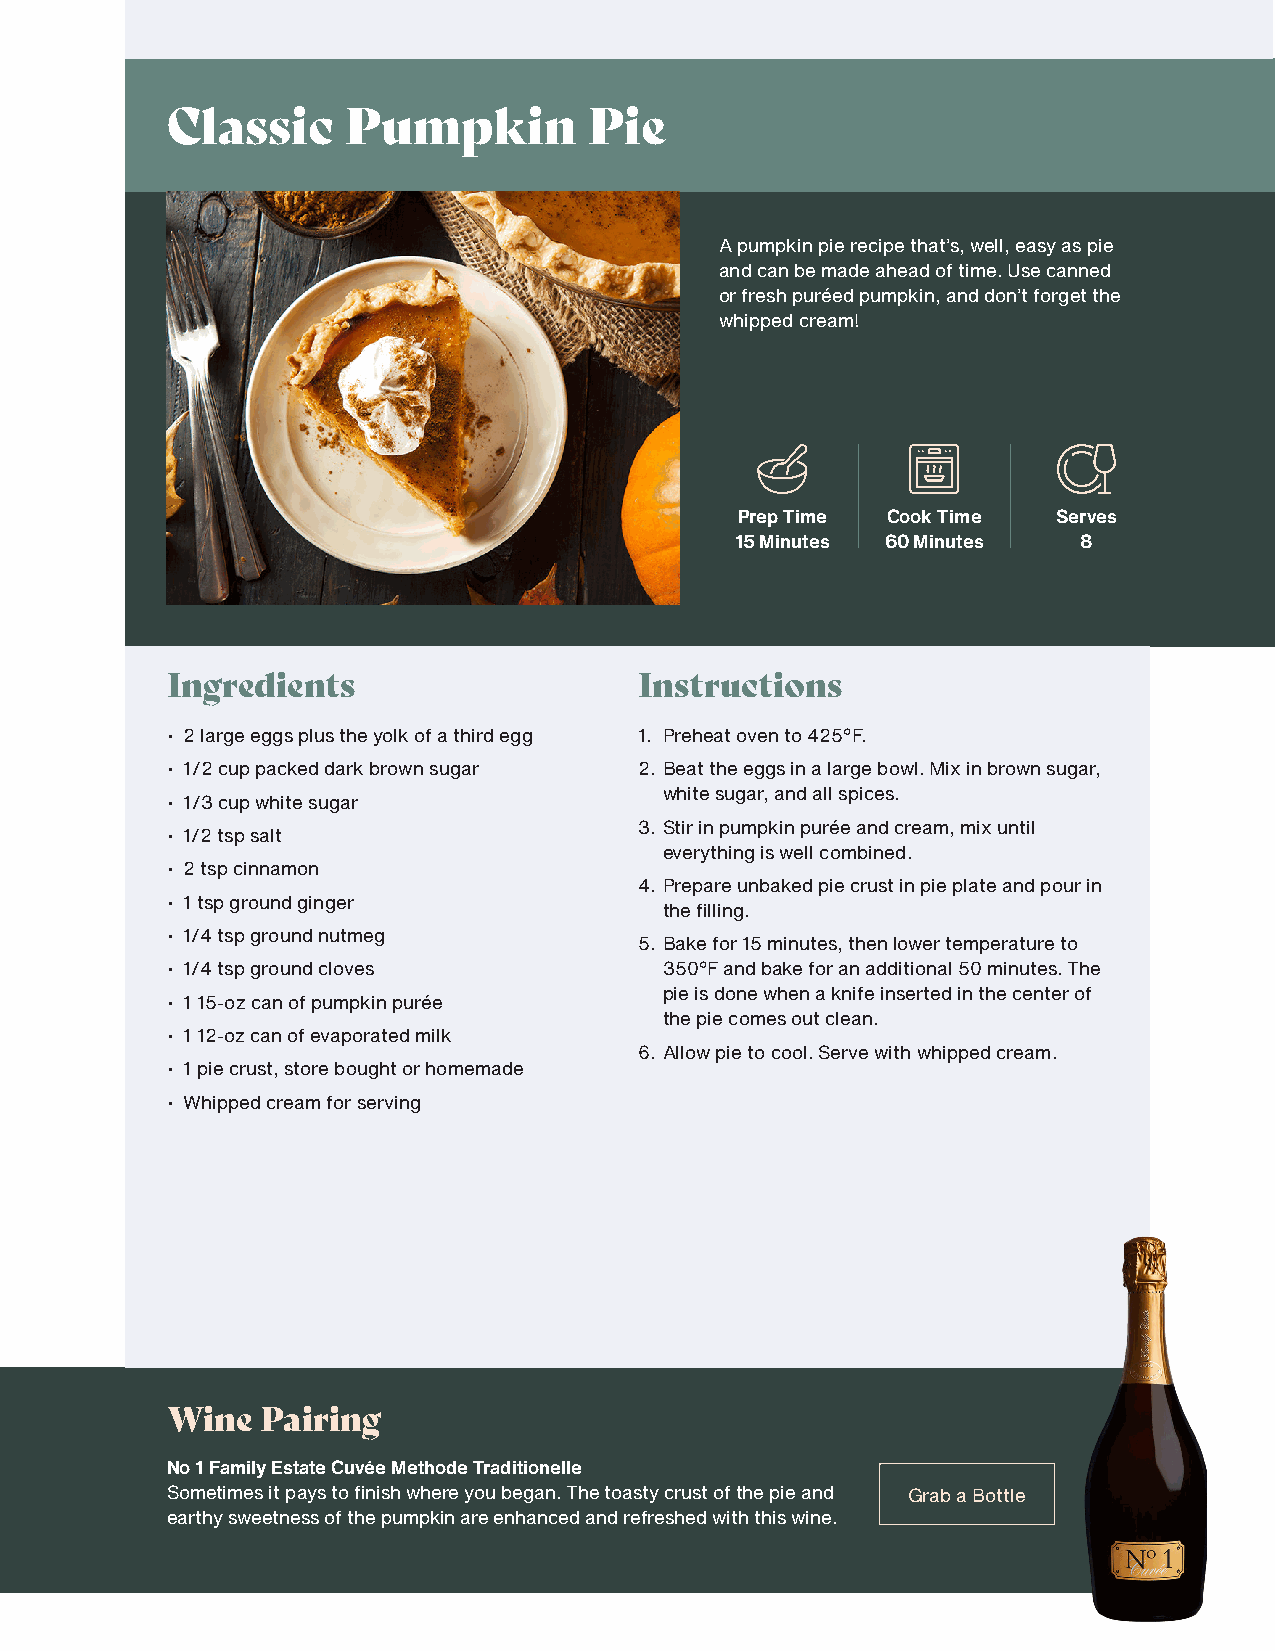
Classic     Pumpkin         Pie
 A pumpkin pie recipe that’s, well, easy as pie
 and can be made ahead of time. Use canned
 or fresh puréed pumpkin, and don’t forget the
 whipped cream!
 Prep Time Cook Time  Serves
 15 Minutes 60 Minutes  8
 Ingredients                    Instructions
 • 2 large eggs plus the yolk of a third egg 1. Preheat oven to 425°F.
 • 1/2 cup packed dark brown sugar 2. Beat the eggs in a large bowl. Mix in brown sugar,
 white sugar, and all spices.
 • 1/3 cup white sugar
 3. Stir in pumpkin purée and cream, mix until
 • 1/2 tsp salt
 everything is well combined.
 • 2 tsp cinnamon
 4. Prepare unbaked pie crust in pie plate and pour in
 • 1 tsp ground ginger
 the filling.
 • 1/4 tsp ground nutmeg
 5. Bake for 15 minutes, then lower temperature to
 • 1/4 tsp ground cloves          350°F and bake for an additional 50 minutes. The
 pie is done when a knife inserted in the center of
 • 1 15-oz can of pumpkin purée
 the pie comes out clean.
 • 1 12-oz can of evaporated milk
 6. Allow pie to cool. Serve with whipped cream.
 • 1 pie crust, store bought or homemade
 • Whipped cream for serving
 Wine  Pairing
 No 1 Family Estate Cuvée Methode Traditionelle
 Sometimes it pays to finish where you began. The toasty crust of the pie and Grab a Bottle
 earthy sweetness of the pumpkin are enhanced and refreshed with this wine.